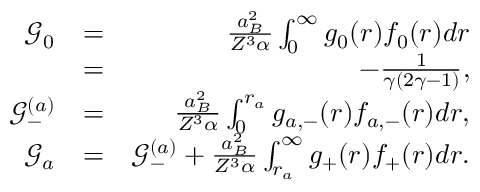
\begin{array} { r l r } { \mathcal { G } _ { 0 } } & { = } & { \frac { a _ { B } ^ { 2 } } { Z ^ { 3 } \alpha } \int _ { 0 } ^ { \infty } g _ { 0 } ( r ) f _ { 0 } ( r ) d r } \\ & { = } & { - \frac { 1 } { \gamma ( 2 \gamma - 1 ) } , } \\ { \mathcal { G } _ { - } ^ { ( a ) } } & { = } & { \frac { a _ { B } ^ { 2 } } { Z ^ { 3 } \alpha } \int _ { 0 } ^ { r _ { a } } g _ { a , - } ( r ) f _ { a , - } ( r ) d r , } \\ { \mathcal { G } _ { a } } & { = } & { \mathcal { G } _ { - } ^ { ( a ) } + \frac { a _ { B } ^ { 2 } } { Z ^ { 3 } \alpha } \int _ { r _ { a } } ^ { \infty } g _ { + } ( r ) f _ { + } ( r ) d r . } \end{array}